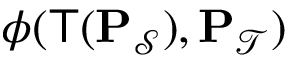
\phi ( \mathsf { T } ( \mathbf { P } _ { \mathcal { S } } ) , \mathbf { P } _ { \mathcal { T } } )